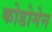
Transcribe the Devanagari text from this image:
कोडोमेन